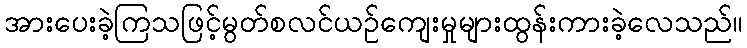
အားပေးခဲ့ကြသဖြင့်မွတ်စလင်ယဉ်ကျေးမှုများထွန်းကားခဲ့လေသည်။